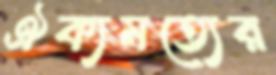
ঐক্যমত্যের